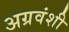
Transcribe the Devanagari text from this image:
अग्रवंशी